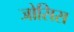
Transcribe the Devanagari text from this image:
जोसिस